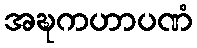
အဍ္ဎကဟာပဏံ